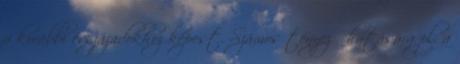
a korábbi évszázadokhoz képest. Számos tényező hatására pl. a